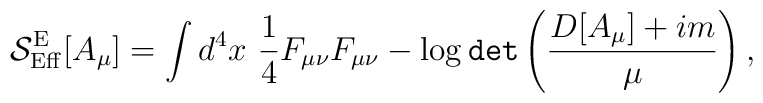
{\cal S}^{\rm E}_{\rm Eff}[A_\mu ]=\int d^4 x\ \frac{1}{4}F_{\mu\nu} F_{\mu\nu}-\log {\tt det}\left(\frac{D[A_\mu ]+im}{\mu}\right),